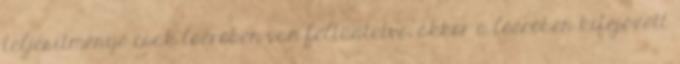
teljesítménye csak lóerőben van feltüntetve, akkor a lóerőben kifejezett